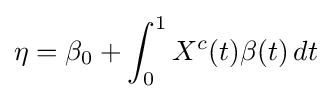
\eta =\beta _{0}+\int _{0}^{1}X^{c}(t)\beta (t)\,dt